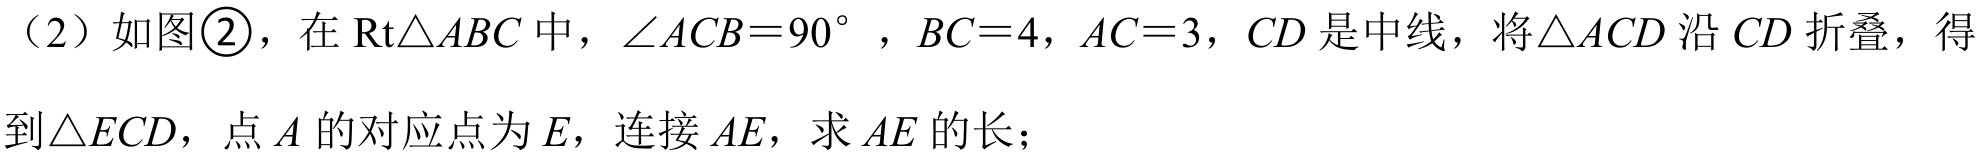
（2）如图\textcircled{2}，在\(\text{Rt}\triangle ABC\)中，\(\angle ACB = 90^{\circ}\)，\(BC = 4\)，\(AC = 3\)，\(CD\)是中线，将\(\triangle ACD\)沿\(CD\)折叠，得到\(\triangle ECD\)，点\(A\)的对应点为\(E\)，连接\(AE\)，求\(AE\)的长；